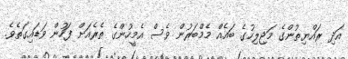
އަދި ރައްޔިތުންގެ މަޖިލިހުގެ ބައެއް މެމްބަރުން ވެސް އެމީހުންގެ ތެރެއަށް ފަހުން ވަޑައިގަތެވެ.